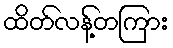
ထိတ်လန့်တကြား